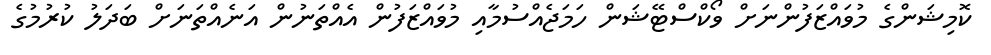
ކޮމިޝަންގެ މުވައްޒަފުންނަށް ވޯކްސްޓޭޝަން ހަމަޖެއްސުމާއި މުވައްޒަފުން އެއްތަނުން އަނެއްތަނަށް ބަދަލު ކުރުމުގެ